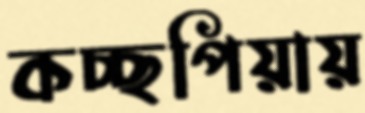
কচ্ছপিয়ায়